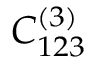
C _ { 1 2 3 } ^ { ( 3 ) }